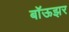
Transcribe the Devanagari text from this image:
बॉऊझर